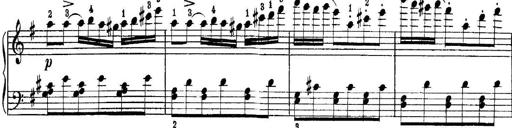
Title: Quatres sonatines
Composer: Tadeusz Joteyko